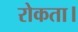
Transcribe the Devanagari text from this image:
रोकता।